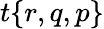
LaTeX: t{\left\{ \begin{array}{l}{r,q,p}\end{array}\right\} }